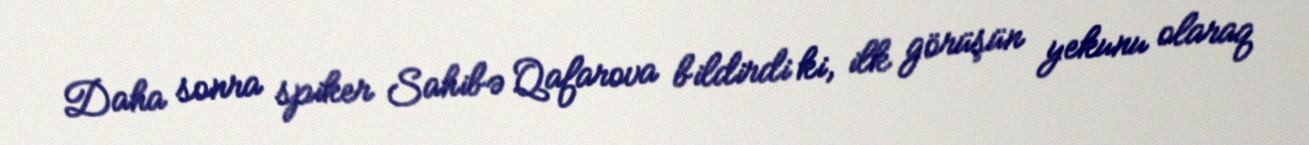
Daha sonra spiker Sahibə Qafarova bildirdi ki, ilk görüşün yekunu olaraq